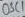
Text: OSC1